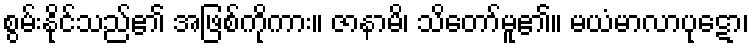
စွမ်းနိုင်သည်၏ အဖြစ်ကိုကား။ ဇာနာမိ၊ သိတော်မူ၏။ မယံမာလာပုဋော၊